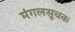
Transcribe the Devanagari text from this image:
मंगलसूचक